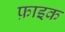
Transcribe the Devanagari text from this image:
फ़ाइक